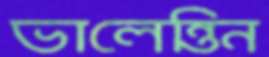
ভালেন্তিন